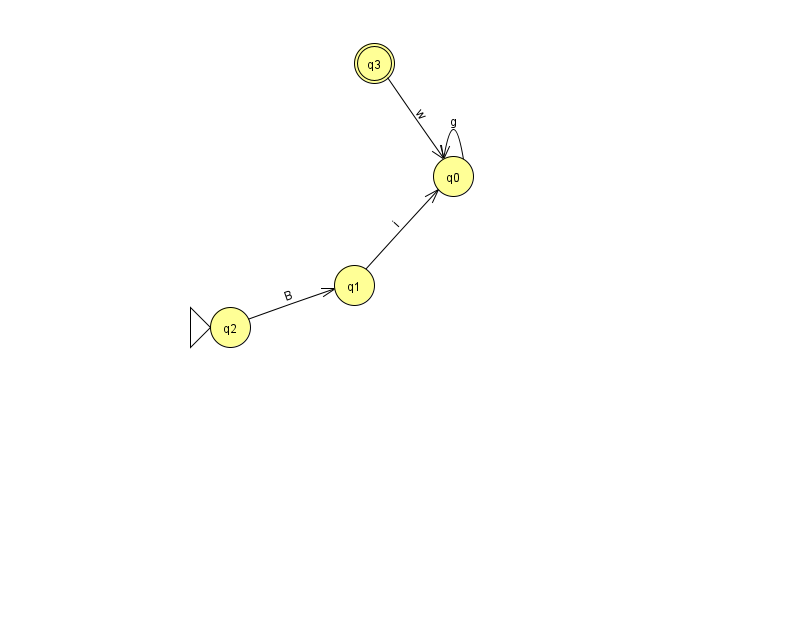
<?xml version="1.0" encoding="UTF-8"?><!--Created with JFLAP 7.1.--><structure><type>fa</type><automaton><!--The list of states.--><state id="0" name="q0"><x>453.0</x><y>163.0</y></state><state id="1" name="q1"><x>354.0</x><y>272.0</y></state><state id="2" name="q2"><x>230.0</x><y>314.0</y><initial/></state><state id="3" name="q3"><x>374.0</x><y>50.0</y><final/></state><!--The list of transitions.--><transition><from>3</from><to>0</to><read>w</read></transition><transition><from>1</from><to>0</to><read>i</read></transition><transition><from>0</from><to>0</to><read>g</read></transition><transition><from>2</from><to>1</to><read>B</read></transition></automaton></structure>